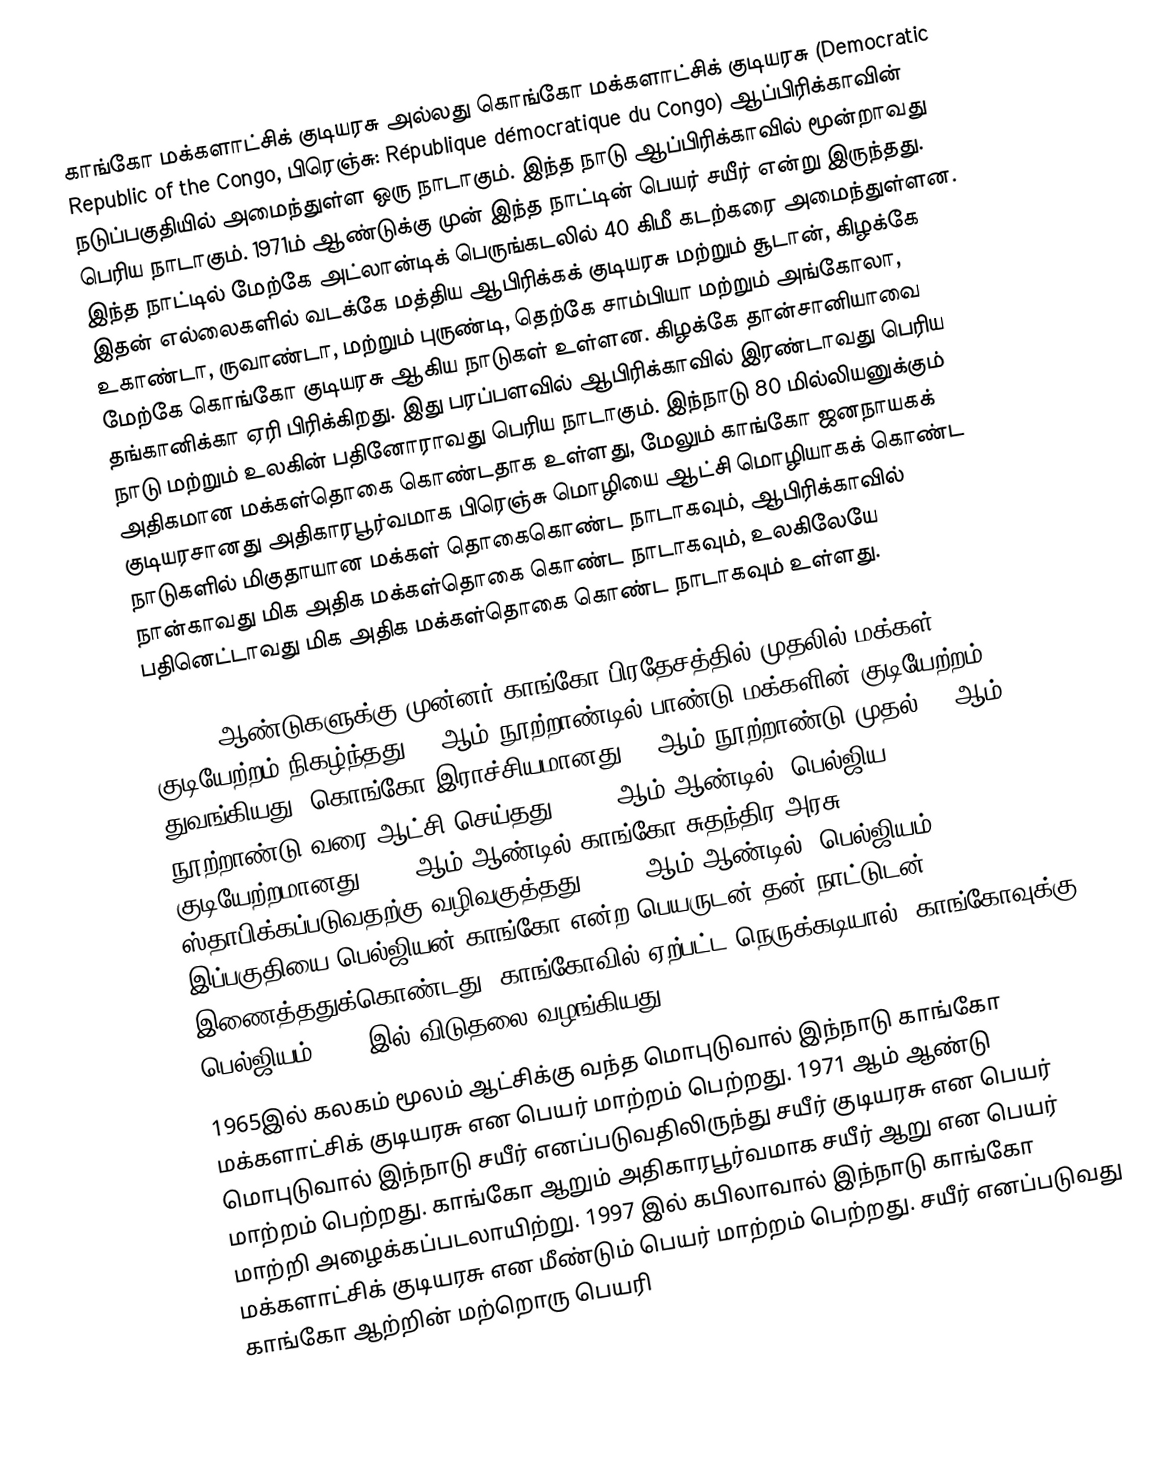
காங்கோ மக்களாட்சிக் குடியரசு அல்லது கொங்கோ மக்களாட்சிக் குடியரசு (Democratic Republic of the Congo, பிரெஞ்சு: République démocratique du Congo) ஆப்பிரிக்காவின் நடுப்பகுதியில் அமைந்துள்ள ஒரு நாடாகும். இந்த நாடு ஆப்பிரிக்காவில் மூன்றாவது பெரிய நாடாகும். 1971ம் ஆண்டுக்கு முன் இந்த நாட்டின் பெயர் சயீர் என்று இருந்தது. இந்த நாட்டில் மேற்கே அட்லான்டிக் பெருங்கடலில் 40 கிமீ கடற்கரை அமைந்துள்ளன. இதன் எல்லைகளில் வடக்கே மத்திய ஆபிரிக்கக் குடியரசு மற்றும் சூடான், கிழக்கே உகாண்டா, ருவாண்டா, மற்றும் புருண்டி, தெற்கே சாம்பியா மற்றும் அங்கோலா, மேற்கே கொங்கோ குடியரசு ஆகிய நாடுகள் உள்ளன. கிழக்கே தான்சானியாவை தங்கானிக்கா ஏரி பிரிக்கிறது. இது பரப்பளவில் ஆபிரிக்காவில் இரண்டாவது பெரிய நாடு மற்றும் உலகின் பதினோராவது பெரிய நாடாகும். இந்நாடு 80 மில்லியனுக்கும் அதிகமான மக்கள்தொகை கொண்டதாக உள்ளது, மேலும்  காங்கோ ஜனநாயகக் குடியரசானது  அதிகாரபூர்வமாக பிரெஞ்சு மொழியை ஆட்சி மொழியாகக் கொண்ட நாடுகளில் மிகுதாயான மக்கள் தொகைகொண்ட நாடாகவும், ஆபிரிக்காவில் நான்காவது மிக அதிக மக்கள்தொகை கொண்ட நாடாகவும், உலகிலேயே பதினெட்டாவது மிக அதிக மக்கள்தொகை கொண்ட நாடாகவும் உள்ளது.

80,000 ஆண்டுகளுக்கு முன்னர் காங்கோ பிரதேசத்தில் முதலில் மக்கள் குடியேற்றம் நிகழ்ந்தது. 7 ஆம் நூற்றாண்டில் பாண்டு மக்களின் குடியேற்றம் துவங்கியது. கொங்கோ இராச்சியமானது 14 ஆம் நூற்றாண்டு முதல் 19 ஆம் நூற்றாண்டு வரை ஆட்சி செய்தது. 1879 ஆம் ஆண்டில், பெல்ஜிய குடியேற்றமானது 1885 ஆம் ஆண்டில் காங்கோ சுதந்திர அரசு ஸ்தாபிக்கப்படுவதற்கு வழிவகுத்தது.   1908 ஆம் ஆண்டில், பெல்ஜியம் இப்பகுதியை பெல்ஜியன் காங்கோ என்ற பெயருடன் தன் நாட்டுடன் இணைத்ததுக்கொண்டது. காங்கோவில் ஏற்பட்ட நெருக்கடியால், காங்கோவுக்கு பெல்ஜியம் 1960 இல் விடுதலை வழங்கியது.
1965இல் கலகம் மூலம் ஆட்சிக்கு வந்த மொபுடுவால் இந்நாடு காங்கோ மக்களாட்சிக் குடியரசு என பெயர் மாற்றம் பெற்றது. 1971 ஆம் ஆண்டு மொபுடுவால் இந்நாடு சயீர் எனப்படுவதிலிருந்து சயீர் குடியரசு என பெயர் மாற்றம் பெற்றது. காங்கோ ஆறும் அதிகாரபூர்வமாக சயீர் ஆறு என பெயர் மாற்றி அழைக்கப்படலாயிற்று. 1997 இல் கபிலாவால் இந்நாடு காங்கோ மக்களாட்சிக் குடியரசு என மீண்டும் பெயர் மாற்றம் பெற்றது. சயீர் எனப்படுவது காங்கோ ஆற்றின் மற்றொரு பெயரி